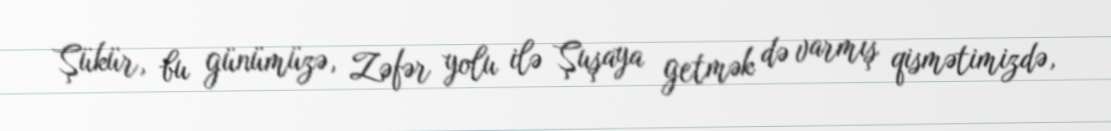
Şükür, bu günümüzə, Zəfər yolu ilə Şuşaya getmək də varmış qismətimizdə,